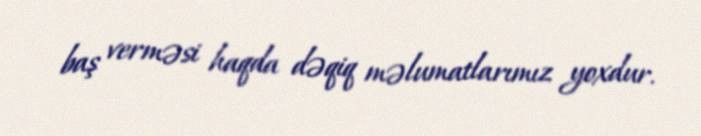
baş verməsi haqda dəqiq məlumatlarımız yoxdur.